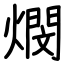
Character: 燘